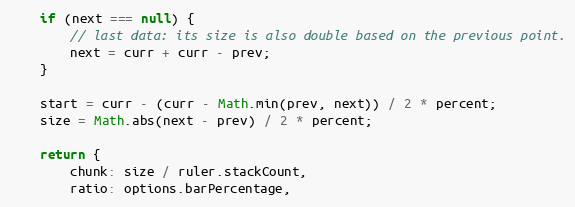
Language: JavaScript
	if (next === null) {
		// last data: its size is also double based on the previous point.
		next = curr + curr - prev;
	}

	start = curr - (curr - Math.min(prev, next)) / 2 * percent;
	size = Math.abs(next - prev) / 2 * percent;

	return {
		chunk: size / ruler.stackCount,
		ratio: options.barPercentage,